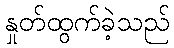
နှုတ်ထွက်ခဲ့သည်